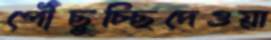
পৌঁছুচ্ছিদেওয়া